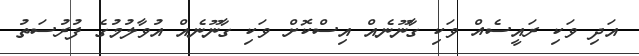
އަދި ވަކި ރައީސެއް ވަކި ގާނޫނެއް އިސްކޮށް ވަކި ގާނޫނެއް އުވާލުމުގެ ފުރުސަތު